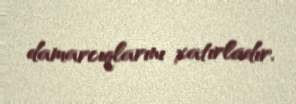
damarcıqlarını xatırladır.